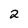
Character: 2